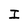
Character: I